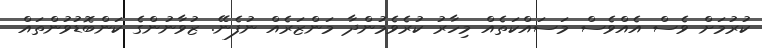
ކުުރުމަށް ވެސް އެއްވެސް މަސައްކަތެއް މިހާރު ކުރެވެމުންދާ މަންޒަރެއް ނުފެނޭ. ޒުވާނުންގެ ކަންބޮޑުވުންތައް